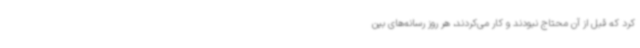
کرد که قبل از آن محتاج نبودند و کار می‌کردند، هر روز رسانه‌های بین